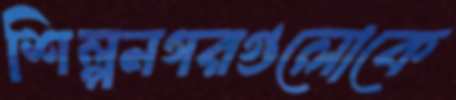
শিল্পনগরগুলোকে